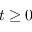
t \ge 0